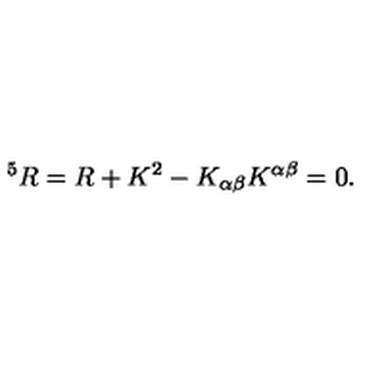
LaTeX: ^ 5 R = R + K ^ { 2 } - K _ { \alpha \beta } K ^ { \alpha \beta } = 0 .